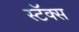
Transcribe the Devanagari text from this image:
स्टॅक्स